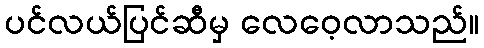
ပင်လယ်ပြင်ဆီမှ လေဝေ့လာသည်။